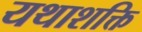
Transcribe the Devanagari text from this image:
यथाशक्ति